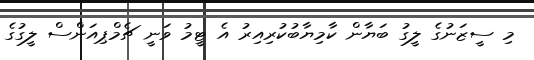
މި ސީޒަނުގެ ލީގު ބަޔާން ކާމިޔާބުކުރިއިރު އެ ޓީމު ވަނީ ޗެމްޕިއަންސް ލީގުގެ